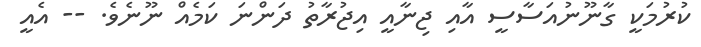
ކުރުމަކީ ގާނޫނުއަސާސީ އާއި ޖިނާއީ އިޖުރާތު ދަންނަ ކަމެއް ނޫނެވެ. -- އެއީ